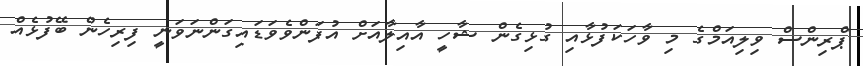
ޕްރިންސް ވިލިއަމްގެ މި ވާހަކަފުޅާއި ގުޅިގެން ޝާހީ އާއިލާއަށް އުފަންވެވަޑައިގަންނަވަނީ ފިރިހެން ބޭފުޅެއް